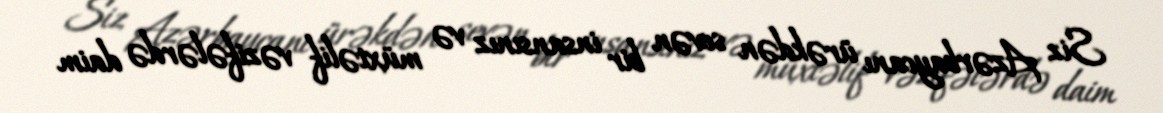
Siz Azərbaycanı ürəkdən sevən bir insansınız və müxtəlif vəzifələrdə daim